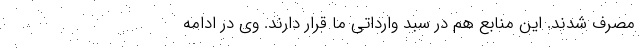
مصرف شدند. این منابع هم در سبد وارداتی ما قرار دارند. وی در ادامه